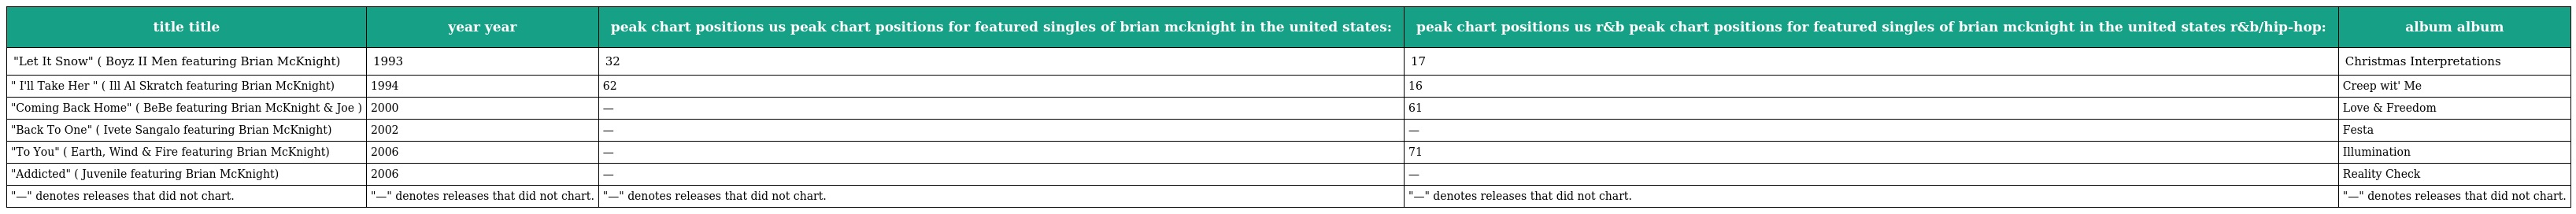
| title title | year year | peak chart positions us peak chart positions for featured singles of brian mcknight in the united states: | peak chart positions us r&b peak chart positions for featured singles of brian mcknight in the united states r&b/hip-hop: | album album |
 | --- | --- | --- | --- | --- |
 | "Let It Snow" ( Boyz II Men featuring Brian McKnight) | 1993 | 32 | 17 | Christmas Interpretations |
 | " I'll Take Her " ( Ill Al Skratch featuring Brian McKnight) | 1994 | 62 | 16 | Creep wit' Me |
 | "Coming Back Home" ( BeBe featuring Brian McKnight & Joe ) | 2000 | — | 61 | Love & Freedom |
 | "Back To One" ( Ivete Sangalo featuring Brian McKnight) | 2002 | — | — | Festa |
 | "To You" ( Earth, Wind & Fire featuring Brian McKnight) | 2006 | — | 71 | Illumination |
 | "Addicted" ( Juvenile featuring Brian McKnight) | 2006 | — | — | Reality Check |
 | "—" denotes releases that did not chart. | "—" denotes releases that did not chart. | "—" denotes releases that did not chart. | "—" denotes releases that did not chart. | "—" denotes releases that did not chart. |